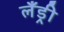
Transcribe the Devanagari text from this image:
लँड्री